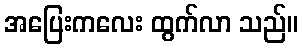
အပြေးကလေး ထွက်လာ သည်။